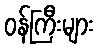
ဝန်ကြီးများ